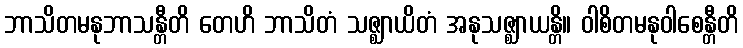
ဘာသိတမနုဘာသန္တီတိ တေဟိ ဘာသိတံ သဇ္ဈာယိတံ အနုသဇ္ဈာယန္တိ။ ဝါစိတမနုဝါစေန္တီတိ